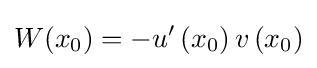
W(x_{0})=-u'\left(x_{0}\right)v\left(x_{0}\right)